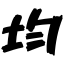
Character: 均